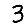
Digit: 3